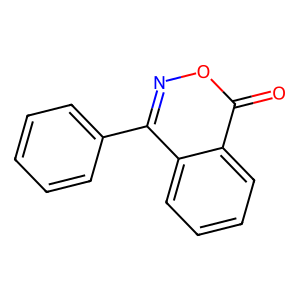
SMILES: O=c1onc(-c2ccccc2)c2ccccc12
Inhibits HIV replication: No